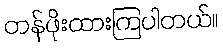
တန်ဖိုးထားကြပါတယ်။